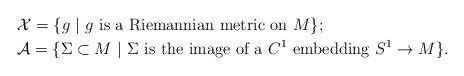
LaTeX: \begin{align*}&\mathcal{X}=\{g\mbox{ }| \mbox{ }g\mbox{ is a Riemannian metric on } M\};\\&\mathcal{A}=\{\Sigma \subset M\mbox{ }| \mbox{ }\Sigma\mbox{ is the image of a }C^1\mbox{ embedding }S^1\rightarrow M\}.\end{align*}